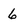
Character: 6